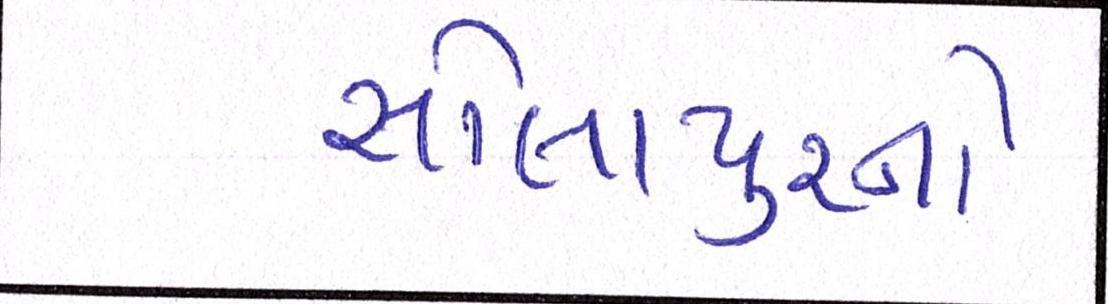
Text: સોલાપુરનો